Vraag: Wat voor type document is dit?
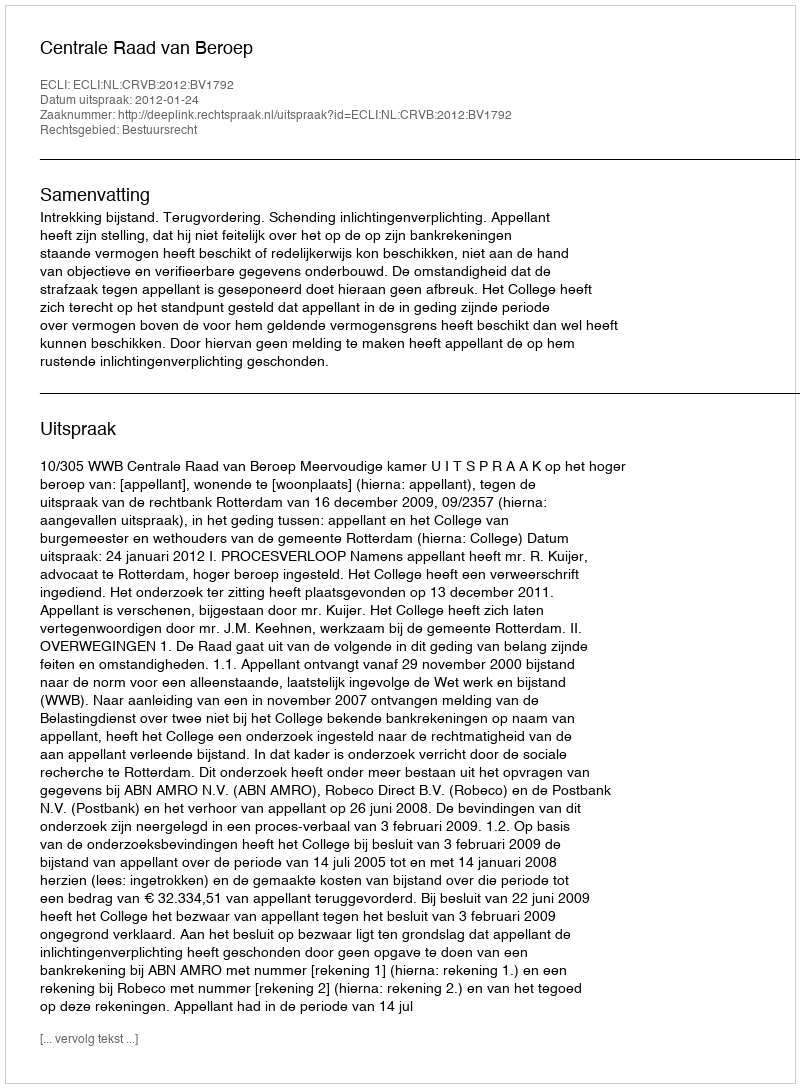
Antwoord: Uitspraak